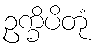
ဥက္ခိပိတုံ